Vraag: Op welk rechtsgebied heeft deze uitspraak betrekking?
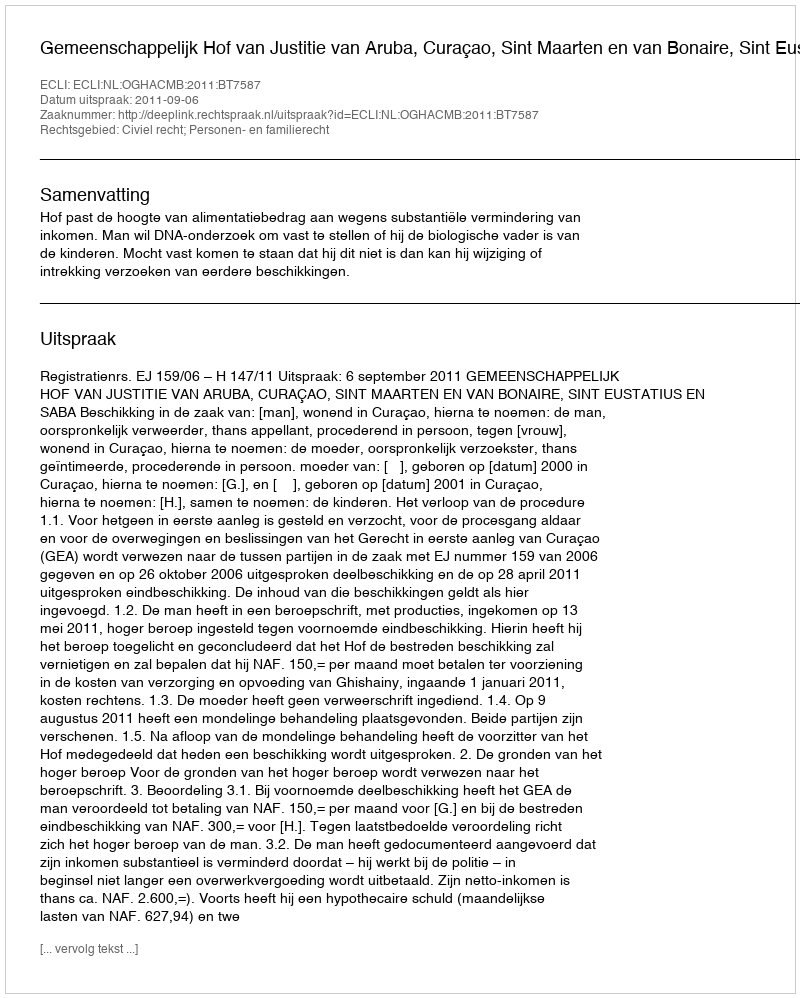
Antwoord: Civiel recht; Personen- en familierecht